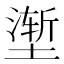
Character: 𰊢